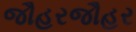
જૌહરજૌહર